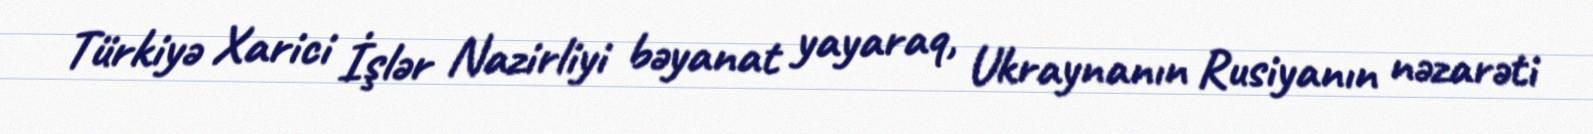
Türkiyə Xarici İşlər Nazirliyi bəyanat yayaraq, Ukraynanın Rusiyanın nəzarəti